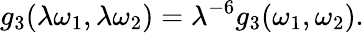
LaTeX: g_{3}(\lambda\omega_{1},\lambda\omega_{2})=\lambda^{-6}g_{3}(\omega_{1},\omega_{2}).